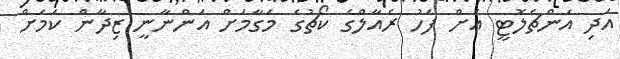
އަދި އަންޗެލޮޓީ އަށް ފަހު ރެއާލްގެ ކޯޗުގެ މަގާމަށް އަންނާނީ ޒިދާން ކަމަށް